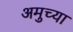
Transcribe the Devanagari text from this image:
अमुच्या